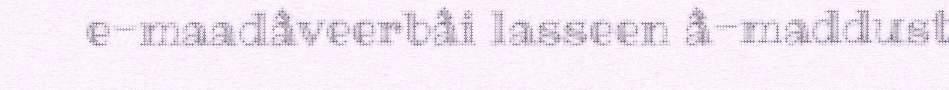
e-maadâveerbâi lasseen â-maddust